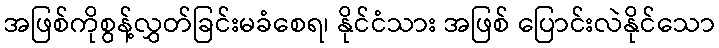
အဖြစ်ကိုစွန့်လွှတ်ခြင်းမခံစေရ၊ နိုင်ငံသား အဖြစ် ပြောင်းလဲနိုင်သော